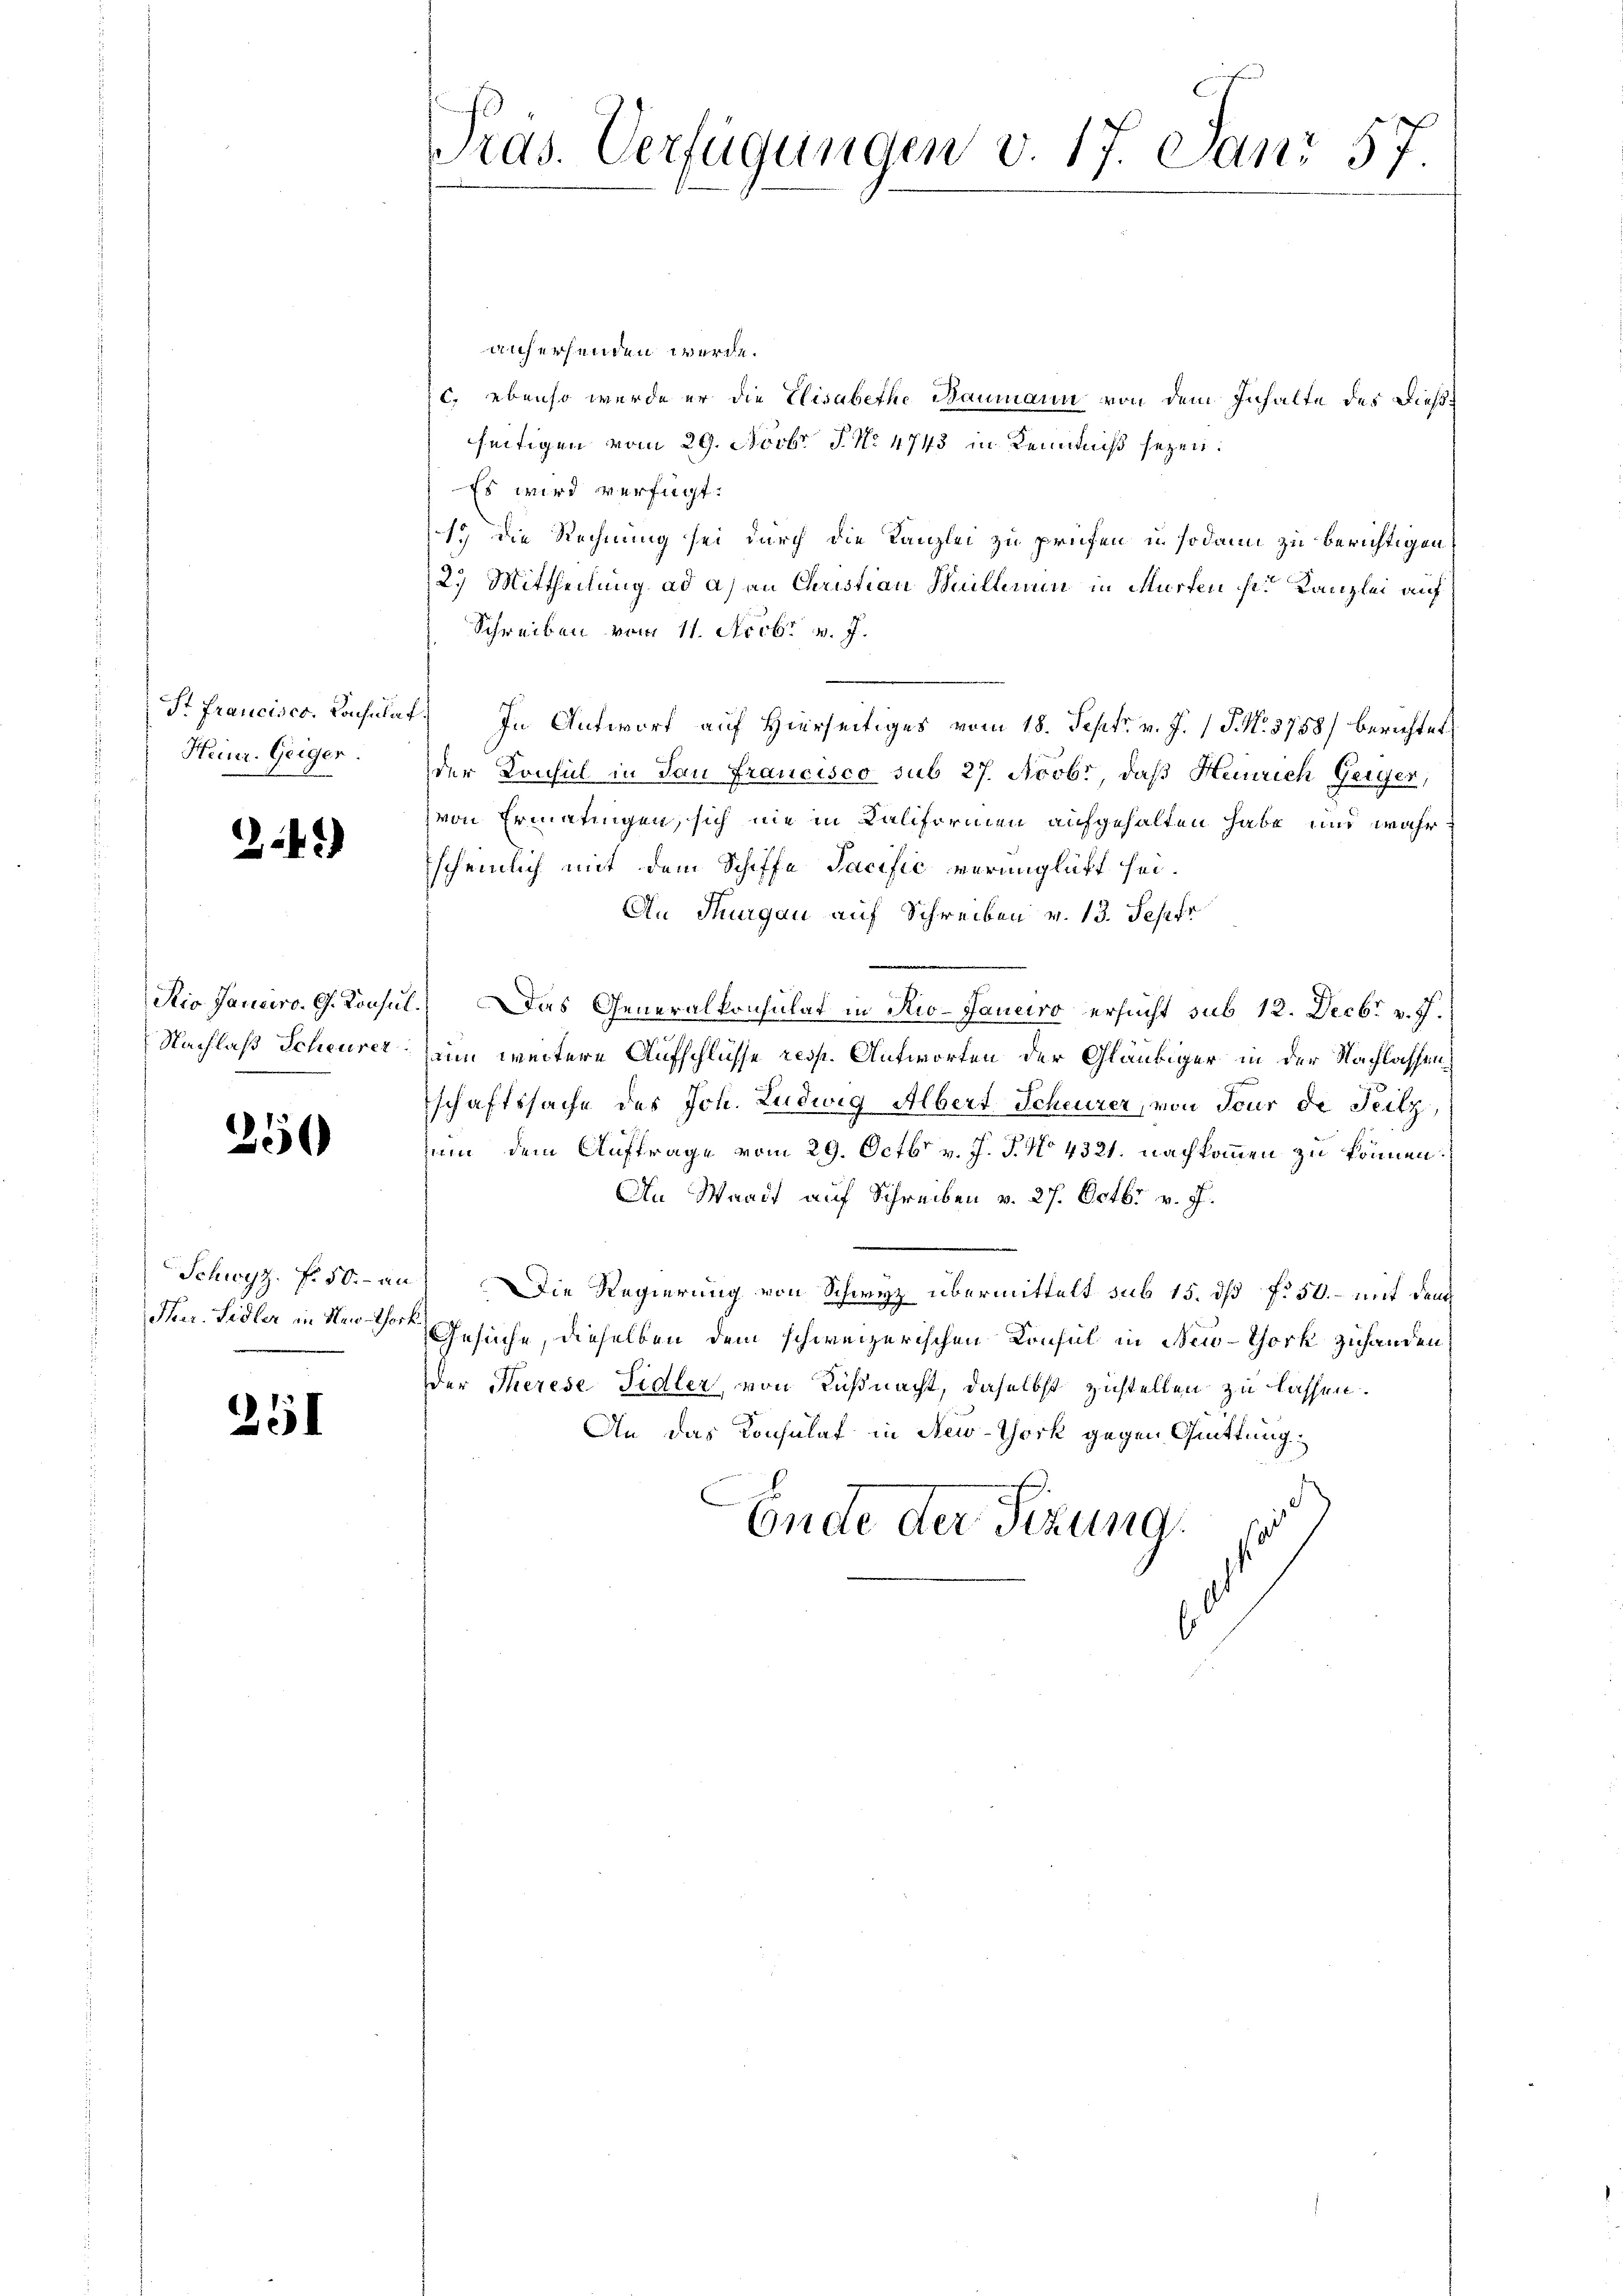
Heinr. Geiger.

24)

250

251

anhersenden werde.
c. ebenso werde er die Elisabethe Baumann von dem Inhalte des Dießseitigen vom 29. Novbr. P. No 4743 in Kenntniß sezen.
Es wird verfügt:
1. Die Rechnung sei durch die Kanzlei zu prüfen, u. sodann zu berichtigen,
2.) Mittheilung ad as an Christian Müllerin in Murten sei Kanzlei auf
Schreiben vom 11. Acobr v. J.
St francisco. Lachalat. In Antwort auf Hierseitiges vom 18. Sept. v. J. 1 P. Nr. 3758) berichtet
der Konsul in San Francisco sub 27. Novb., daß Heinrich Geiger,
von Ermatingen, sich nie in Kaliformen aufgehalten habe und wahr
scheinlich mit dem Schiffe Tacifić verunglicht sei.
An Thurgau auf Schreiben v. 13. Septe
etio Janciro. G. Konsul.) Das Generalkonsulat in Rio-Janeiro ersucht sub 12. Decbr v. J.
z
Nachlaß Scheurer, zum weitere Aufschlüsse resp. Antworten der Gläubiger in der Nachlassenschaftssache des Joh. Ludwig Albert Scheurer, von Feur de Teilz,
zum dem Auftrage vom 29. Octbr. v. J. J. No 4321. nachkommen zu können.
An Waadt auf Schreiben v. 27. Octbr v. J.
Schwyz. f. 50.- au) Die Regierung von Schwyz übermittelt sub 15. dß f. 50. – mit dem
Fur. Sidler in der Gesuche, dieselben dem schweizerischen Konsul in New-York zuhanden
der Therese Fidler, von Küßnacht, daselbst zustellen zu lassen.
An das Konsulat in New-York gegen Quittung,
Ende der Tizung,

Präs. Verfügungen v. 17. Janr 57.